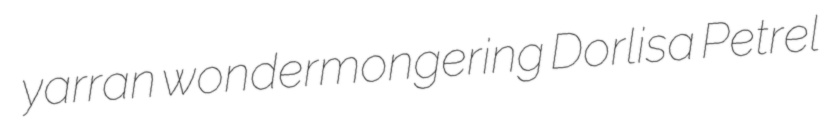
yarran wondermongering Dorlisa Petrel